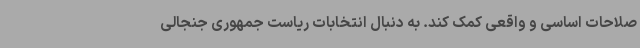
صلاحات اساسی و واقعی کمک کند. به دنبال انتخابات ریاست جمهوری جنجالی